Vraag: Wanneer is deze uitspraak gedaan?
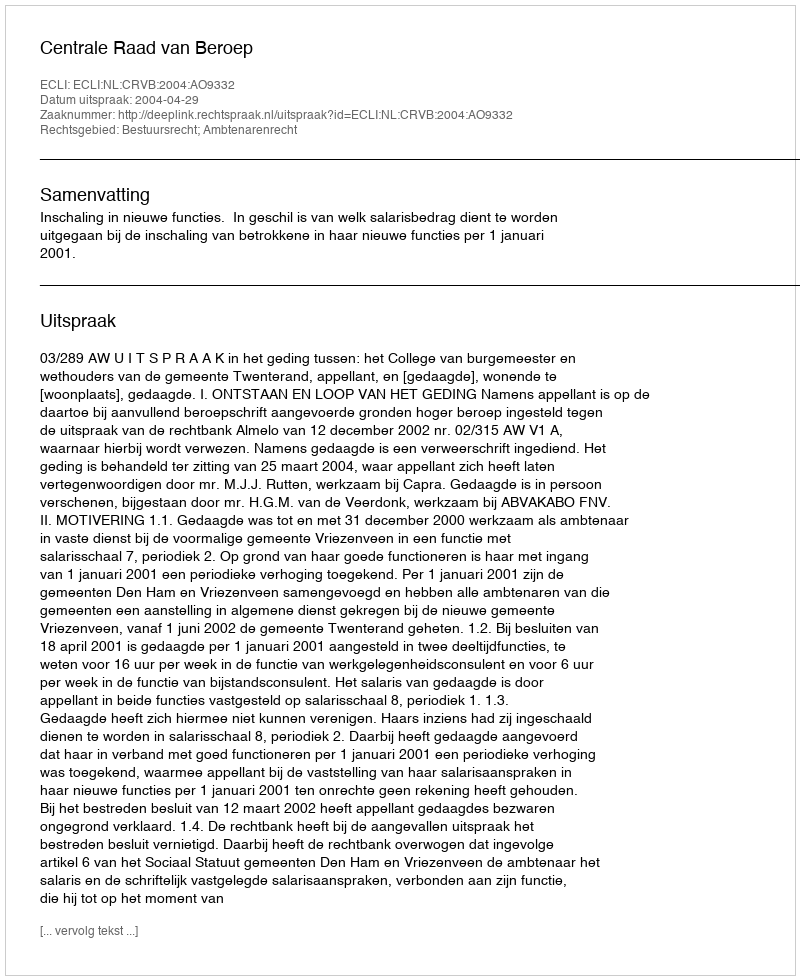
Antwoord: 2004-04-29